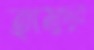
হামুদুর